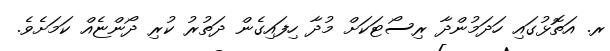
ރ. އަތޮޅުގައި ހަދަމުންދާ ރިސޯޓަކަށް މުދާ ހިފައިގެން ދަތުރު ކުރި ދޯންޏެއް ކަމަށެވެ.